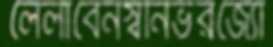
লেলাবেনস্বনির্ভরজ্যো